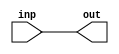
module pass_through_a(
    input wire [31:0] inp,
    output wire [31:0] out
);
    assign out[31:0] = inp[31:0];
endmodule

module top_a(
    input wire signed [31:0] inp,
    output wire signed [31:0] out
);
    pass_through_a pt(inp[31:0], out[31:0]);
endmodule

// tests both module declaration orderings

module top_b(
    input wire signed [31:0] inp,
    output wire signed [31:0] out
);
    pass_through_b pt(inp[31:0], out[31:0]);
endmodule

module pass_through_b(
    input wire [31:0] inp,
    output wire [31:0] out
);
    assign out[31:0] = inp[31:0];
endmodule